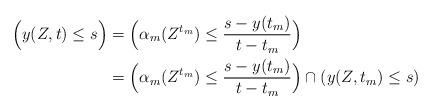
LaTeX: \begin{align*} \Bigl( y(Z,t)\le s \Bigr)&=\Bigl( \alpha_{m}(Z^{t_{m}})\le \frac{s-y(t_{m})}{t-t_{m}} \Bigr)\\ &=\Bigl( \alpha_{m}(Z^{t_{m}})\le \frac{s-y(t_{m})}{t-t_{m}} \Bigr)\cap (y(Z,t_{m})\le s) \end{align*}